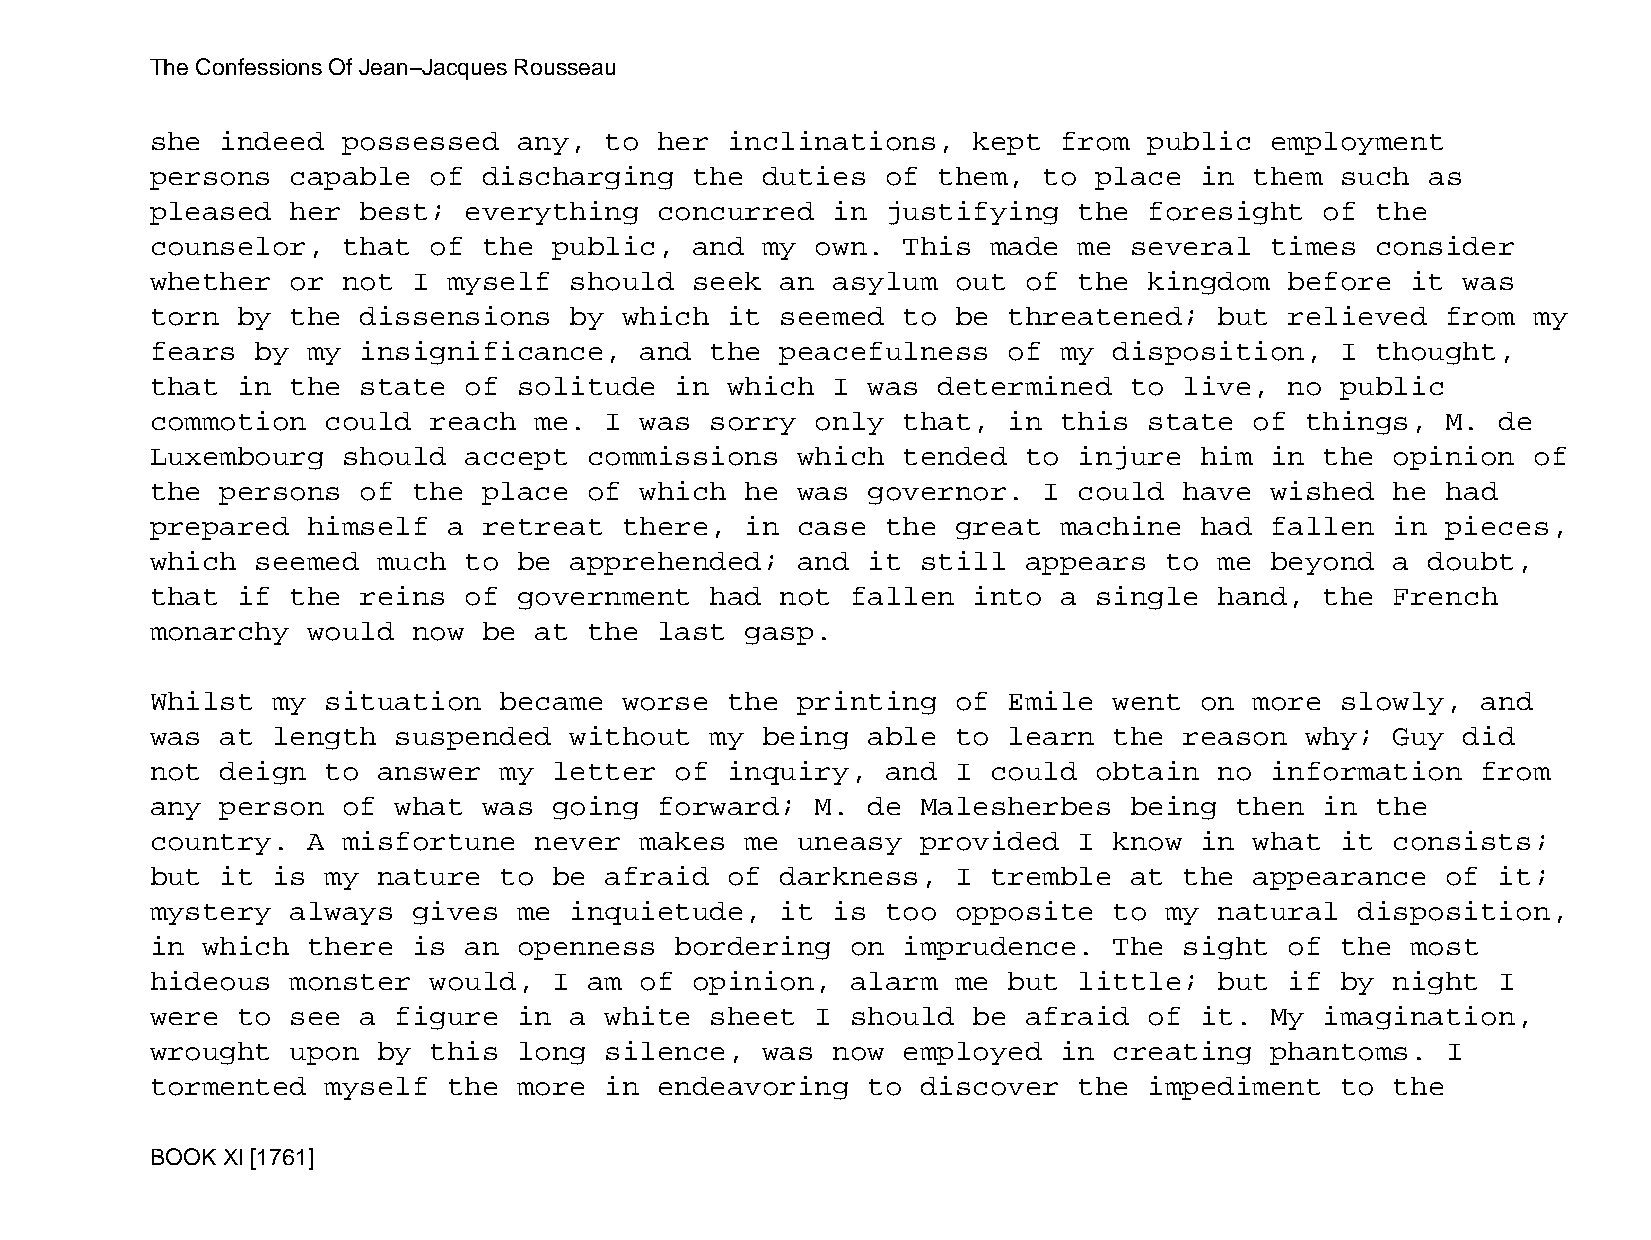
The Confessions Of Jean−Jacques Rousseau
 she  indeed  possessed  any,  to  her inclinations,   kept  from  public  employment
 persons  capable  of  discharging   the duties   of them,  to place  in  them  such  as
 pleased  her  best;  everything   concurred  in  justifying  the  foresight   of the
 counselor,   that of  the  public,  and my  own.  This  made me  several  times  consider
 whether  or  not I  myself  should  seek  an asylum  out  of the  kingdom  before  it  was
 torn  by the  dissensions   by which  it  seemed  to be  threatened;   but relieved   from my
 fears  by my  insignificance,   and  the  peacefulness   of my  disposition,   I thought,
 that  in the  state  of solitude   in which  I was  determined   to live,  no  public
 commotion   could reach  me.  I was  sorry  only  that,  in this  state  of things,   M. de
 Luxembourg   should  accept  commissions   which  tended  to injure  him  in  the opinion  of
 the  persons  of the  place  of which  he  was governor.   I could  have  wished  he  had
 prepared  himself   a retreat  there,  in  case  the great  machine  had  fallen  in  pieces,
 which  seemed  much  to be  apprehended;   and it  still  appears  to  me beyond  a  doubt,
 that  if the  reins  of government   had  not fallen  into  a single   hand,  the French
 monarchy  would  now  be at  the  last gasp.
 Whilst  my  situation  became  worse  the  printing  of  Emile  went on  more  slowly,  and
 was  at length  suspended   without  my being  able  to  learn  the reason  why;  Guy  did
 not  deign  to answer  my  letter  of inquiry,   and I  could obtain   no information   from
 any  person  of what  was  going  forward;  M. de  Malesherbes   being  then  in the
 country.  A  misfortune  never  makes  me  uneasy  provided  I  know in  what  it consists;
 but  it is  my nature  to  be afraid  of  darkness,  I  tremble  at the  appearance   of it;
 mystery  always  gives  me  inquietude,   it is  too opposite   to my  natural  disposition,
 in which  there  is  an openness   bordering  on  imprudence.   The sight  of  the most
 hideous  monster  would,   I am of  opinion,  alarm  me  but little;   but if  by night  I
 were  to see  a figure  in  a white  sheet  I should  be  afraid  of it.  My  imagination,
 wrought  upon  by this  long  silence,  was  now  employed  in  creating  phantoms.   I
 tormented   myself  the more  in  endeavoring  to  discover  the  impediment   to the
 BOOK XI [1761]